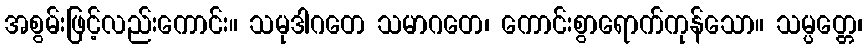
အစွမ်းဖြင့်လည်းကောင်း။ သမုဒါဂတေ သမာဂတေ၊ ကောင်းစွာရောက်ကုန်သော။ သမ္ပတ္တေ၊